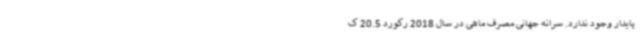
پایدار وجود ندارد. سرانه جهانی مصرف ماهی در سال 2018 رکورد 20.5 ک